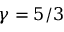
\gamma = 5 / 3